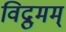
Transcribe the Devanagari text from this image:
विद्रुमम्